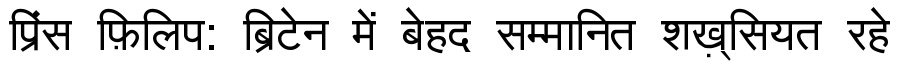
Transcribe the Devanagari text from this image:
प्रिंस फ़िलिप: ब्रिटेन में बेहद सम्मानित शख़्सियत रहे